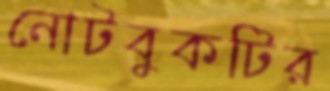
নোটবুকটির